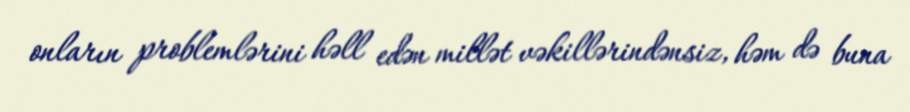
onların problemlərini həll edən millət vəkillərindənsiz, həm də buna